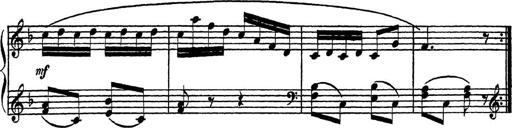
Title: Piano Sonatinas
Composer: Charles Fradel